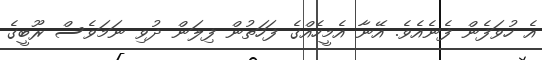
އެ ހުވަފެން ފެނެއެވެ. އޭނާ އެމީހެއްގެ ފަހަތުން ފިލަން ދުވި ނަމަވެސް ރޫބީގެ